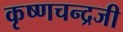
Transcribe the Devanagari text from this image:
कृष्‍णचन्‍द्रजी